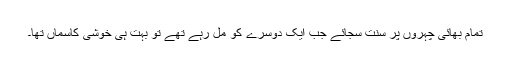
تمام بھائی چہروں پر سنت سجائے جب ایک دوسرے کو مل رہے تھے تو بہت ہی خوشی کاسماں تھا۔